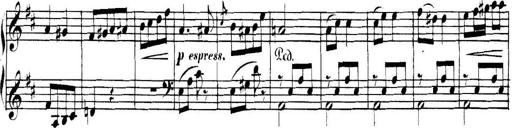
Title: Collected Piano Sonatas
Composer: Muzio Clementi